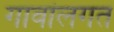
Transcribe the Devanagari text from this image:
गावांलगत